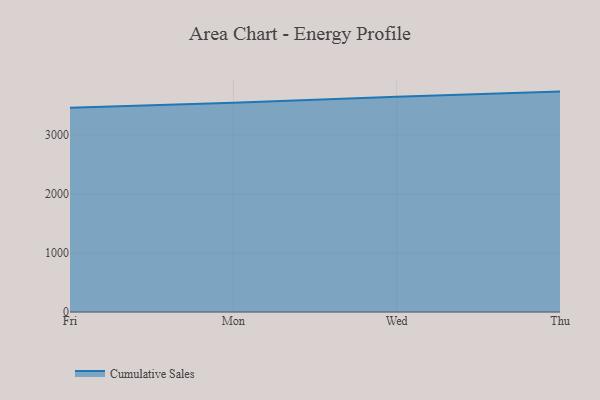
{"axis": {"x": "Day", "y": "Churn Rate (%)"}, "legend": ["Cumulative Sales"], "data": [{"x": "Fri", "y": 3460.7, "type": "Cumulative Sales"}, {"x": "Mon", "y": 3546.0, "type": "Cumulative Sales"}, {"x": "Wed", "y": 3647.1, "type": "Cumulative Sales"}, {"x": "Thu", "y": 3735.4, "type": "Cumulative Sales"}]}